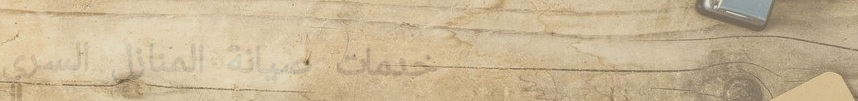
خدمات صيانة المنازل السري